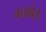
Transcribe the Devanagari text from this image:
बनावेत